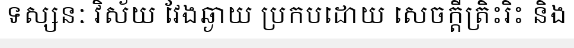
ទស្សនៈ វិស័យ វែងឆ្ងាយ ប្រកបដោយ សេចក្តីត្រិះរិះ និង